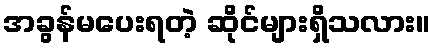
အခွန်မပေးရတဲ့ ဆိုင်များရှိသလား။